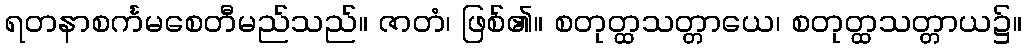
ရတနာစင်္ကမစေတီမည်သည်။ ဇာတံ၊ ဖြစ်၏။ စတုတ္ထသတ္တာယေ၊ စတုတ္ထသတ္တာယ၌။